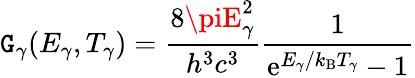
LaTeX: \mathtt{G}_{\gamma}(E_{\gamma},T_{\gamma})=\frac{{8\piE_{\gamma}^{2}}}{{h^{3}c^{3}}}\frac{{1}}{{\mathrm{{e}}^{E_{\gamma}/k_{\mathrm{{B}}}T_{\gamma}}-1}}